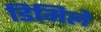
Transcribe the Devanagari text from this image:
डिमिले